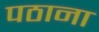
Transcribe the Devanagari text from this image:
पठाना